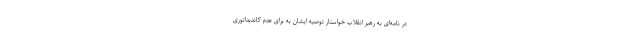
در نامه‌ای به رهبر انقلاب خواستار توصیه ایشان به برای عدم کاندیداتوری